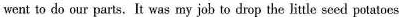
went to do our parts. It was my job to drop the little seed potatoes